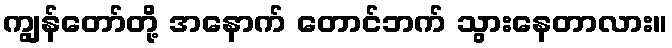
ကျွန်တော်တို့ အနောက် တောင်ဘက် သွားနေတာလား။